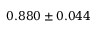
0 . 8 8 0 \pm 0 . 0 4 4